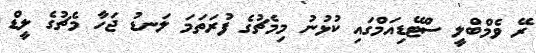
ރޭ ވެމްބްލީ ސްޓޭޑިއަމްގައި ކުޅުނު މިމެޗުގެ ފުރަތަމަ ލަނޑު ޖަހާ މެޗުގެ ލީޑް